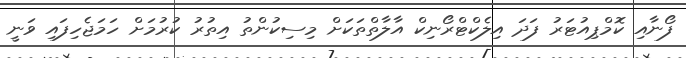
ފޯނާއި ކޮމްޕިއުޓަރު ފަދަ އިލެކްޓްރޯނިކް އާލާތްތަކަށް މިސިކުންތު އިތުރު ކުރުމަށް ހަމަޖެހިފައި ވަނީ